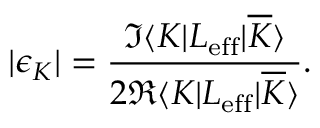
| \epsilon _ { K } | = { \frac { \Im \langle K | { \cal L } _ { \mathrm { e f f } } | { \overline { { K } } } \rangle } { 2 \Re \langle K | { \cal L } _ { \mathrm { e f f } } | { \overline { { K } } } \rangle } } .